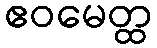
ဧဝမေတ္ထ